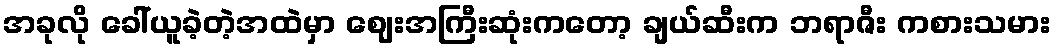
အခုလို ခေါ်ယူခဲ့တဲ့အထဲမှာ ဈေးအကြီးဆုံးကတော့ ချယ်ဆီးက ဘရာဇီး ကစားသမား